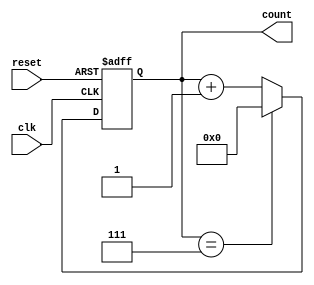
module mod_n_counter (
    input wire clk,                // Trigger input (could be a button press)
    input wire reset,              // Asynchronous reset input
    output reg [N-1:0] count       // Binary count output
);
    parameter N = 8;               // Example parameter, change to your desired value
    localparam COUNT_WIDTH = $clog2(N); // Calculate required bits for counting

    // Always block for handling the counter logic
    always @(posedge clk or posedge reset) begin
        if (reset) begin
            count <= 0;            // Reset count to 0
        end else begin
            if (count == (N - 1)) begin
                count <= 0;        // Reset to 0 after reaching maximum
            end else begin
                count <= count + 1; // Increment counter
            end
        end
    end

endmodule